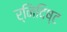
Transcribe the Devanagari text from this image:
र्निदिष्ट